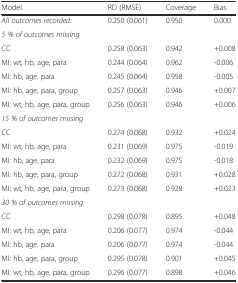
| Model | RD (RMSE) | Coverage | Bias |
 | --- | --- | --- | --- |
 | All outcomes recorded: | 0.250 (0.061) | 0.950 | 0.000 |
 | 5 % of outcomes missing |  |  |  |
 | CC | 0.258 (0.063) | 0.942 | +0.008 |
 | MI: wt, hb, age, para | 0.244 (0.064) | 0.962 | -0.006 |
 | MI: hb, age, para | 0.245 (0.064) | 0.958 | -0.005 |
 | MI: hb, age, para, group | 0.257 (0.063) | 0.946 | +0.007 |
 | MI: wt, hb, age, para, group | 0.256 (0.063) | 0.946 | +0.006 |
 | 15 % of outcomes missing |  |  |  |
 | CC | 0.274 (0.068) | 0.932 | +0.024 |
 | MI: wt, hb, age, para | 0.231 (0.069) | 0.975 | -0.019 |
 | MI: hb, age, para | 0.232 (0.069) | 0.975 | -0.018 |
 | MI: hb, age, para, group | 0.272 (0.068) | 0.931 | +0.028 |
 | MI: wt, hb, age, para, group | 0.273 (0.068) | 0.928 | +0.023 |
 | 30 % of outcomes missing |  |  |  |
 | CC | 0.298 (0.078) | 0.895 | +0.048 |
 | MI: wt, hb, age, para | 0.206 (0.077) | 0.974 | -0.044 |
 | MI: hb, age, para | 0.206 (0.077) | 0.974 | -0.044 |
 | MI: hb, age, para, group | 0.295 (0.078) | 0.901 | +0.045 |
 | MI: wt, hb, age, para, group | 0.296 (0.077) | 0.898 | +0.046 |